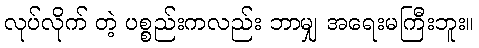
လုပ်လိုက် တဲ့ ပစ္စည်းကလည်း ဘာမျှ အရေးမကြီးဘူး။